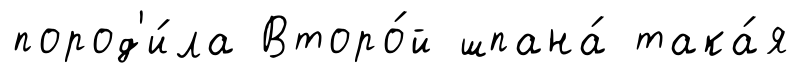
пород'и́ла Второ́й шпана́ така́я